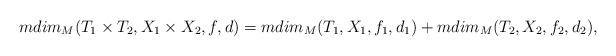
LaTeX: \begin{align*}{{mdim}}_M(T_1\times T_2,X_1\times X_2,f,d)= {{mdim}}_M(T_1,X_1,f_1,d_1)+ {{mdim}}_M(T_2,X_2,f_2,d_2),\end{align*}